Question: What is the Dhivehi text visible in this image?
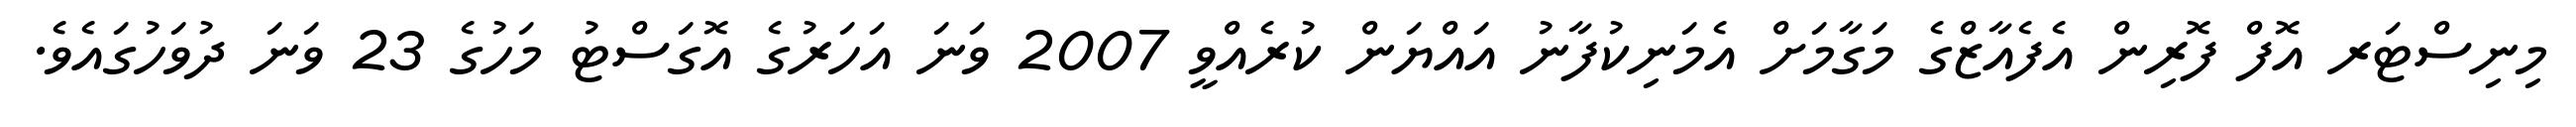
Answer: މިނިސްޓަރ އޮފް ފޮރިން އެފެއާޒްގެ މަގާމަށް އެމަނިކުފާނު އައްޔަން ކުރެއްވީ 2007 ވަނަ އަހަރުގެ އޮގަސްޓު މަހުގެ 23 ވަނަ ދުވަހުގައެވެ.